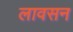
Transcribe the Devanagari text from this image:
लावसन